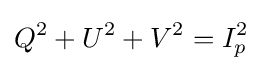
Q^{2}+U^{2}+V^{2}=I_{p}^{2}